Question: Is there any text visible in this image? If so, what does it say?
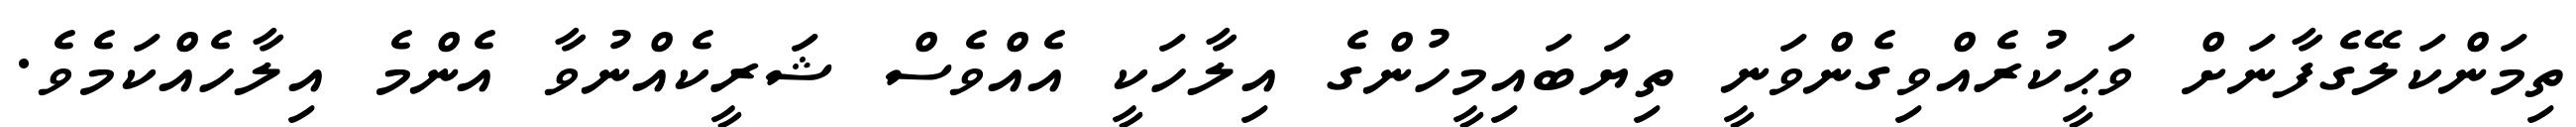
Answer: ތިމަންކަލޭގެފާނަށް ވަޙީކުރެއްވިގެންވަނީ ތިޔަބައިމީހުންގެ އިލާހަކީ އެއްވެސް ޝަރީކެއްނުވާ އެންމެ އިލާހެއްކަމެވެ.